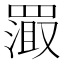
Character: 𬙦